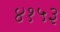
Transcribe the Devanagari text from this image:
४१५३